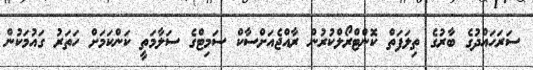
ސަރަހައްދުގެ ބާރުގެ ތިލަފަތް ކޮންޓްރޯލްކުރުން ރާއްޖެއަށްސާކް ސަމިޓްގެ ސަލާމަތީ ކަންކަމަށް ހަތަރު ގައުމަކުން